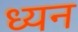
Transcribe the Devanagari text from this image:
ध्यन